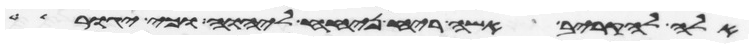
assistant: אלה להקריב אשה ריח ניחח ליהוה וכי יגור